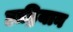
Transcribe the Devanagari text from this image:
हाड्रियान